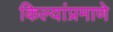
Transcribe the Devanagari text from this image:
किल्यांप्रमाणे